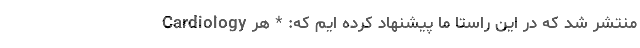
Cardiology منتشر شد که در این راستا ما پیشنهاد کرده ایم که: * هر